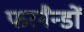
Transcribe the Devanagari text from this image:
फरनैन्डों